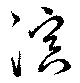
溟